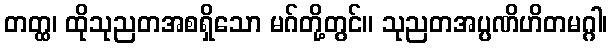
တတ္ထ၊ ထိုသုညတအစရှိသော မဂ်တို့တွင်။ သုညတအပ္ပဏိဟိတမဂ္ဂါ၊